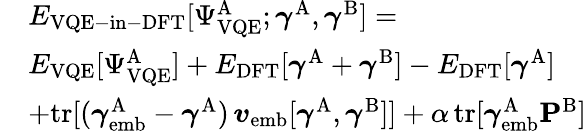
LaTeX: \begin{array}{rl}&{E_{\mathrm{VQE-in-DFT}}[\Psi_{\mathrm{VQE}}^{\mathrm{A}};\boldsymbol{\gamma}^{\mathrm{A}},\boldsymbol{\gamma}^{\mathrm{B}}]=}\\ {\newline}&{E_{\mathrm{VQE}}[\Psi_{\mathrm{VQE}}^{\mathrm{A}}]+E_{\mathrm{DFT}}[\boldsymbol{\gamma}^{\mathrm{A}}+\boldsymbol{\gamma}^{\mathrm{B}}]-E_{\mathrm{DFT}}[\boldsymbol{\gamma}^{\mathrm{A}}]}\\ {\newline}&{+\mathrm{tr}[(\boldsymbol{\gamma}_{\mathrm{emb}}^{\mathrm{A}}-\boldsymbol{\gamma}^{\mathrm{A}})\, \boldsymbol{v}_{\mathrm{emb}}[\boldsymbol{\gamma}^{\mathrm{A}},\boldsymbol{\gamma}^{\mathrm{B}}]]+\alpha\, \mathrm{tr}[\boldsymbol{\gamma}_{\mathrm{emb}}^{\mathrm{A}}\mathbf{P}^{\mathrm{B}}]}\end{array}